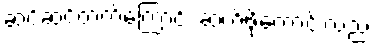
ဆင့်ဆင့်တက်ကြောင်း ဆက်ဖို့ကောင်းလည်း